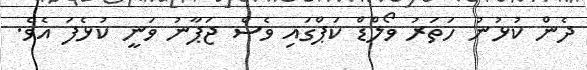
ދެން ކުޅުނު ހަތަރު ވޯލްޑް ކަޕްގައި ވެސް ޖަޕާނު ވަނީ ކުޅެފަ އެވެ.